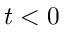
t < 0